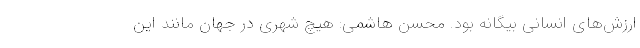
ارزش‌های انسانی بیگانه بود. محسن هاشمی: هیچ شهری در جهان مانند این